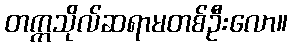
တက္ကသိုလ်ဆရာမတစ်ဦးလော။